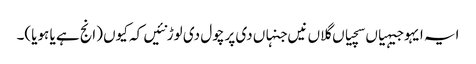
ایہ ایہو جیہیاں سچیاں گلاں نیں جنہاں دی پرچول دی لوڑ نئیں کہ کیوں (انج ہے یا ہویا)۔